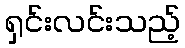
ရှင်းလင်းသည့်